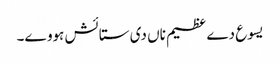
یسوع دے عظیم ناں دی ستائش ہووے۔